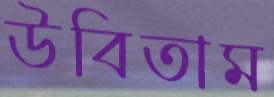
উবিতাম